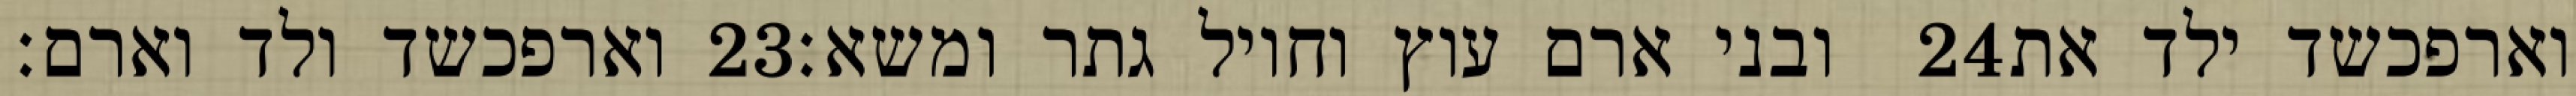
וארפכשד ולד וארם׃ ‎23‏ ובני ארם עוץ וחויל גתר ומשא׃ ‎24‏ וארפכשד ילד את